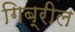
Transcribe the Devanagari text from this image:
गिब्रील